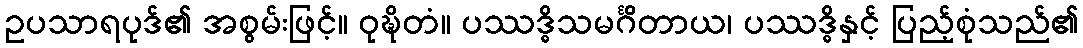
ဥပသာရပုဒ်၏ အစွမ်းဖြင့်။ ဝုဍ္ဎိတံ။ ပဿဒ္ဓိသမင်္ဂိတာယ၊ ပဿဒ္ဓိနှင့် ပြည့်စုံသည်၏